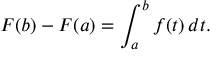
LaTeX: F ( b ) - F ( a ) = \int _ { a } ^ { b } f ( t ) \, d t .